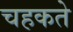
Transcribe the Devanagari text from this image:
चहकते